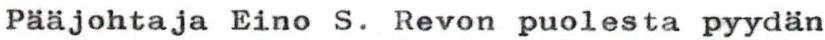
Pääjohtaja Eino S. Revon puolesta pyydän